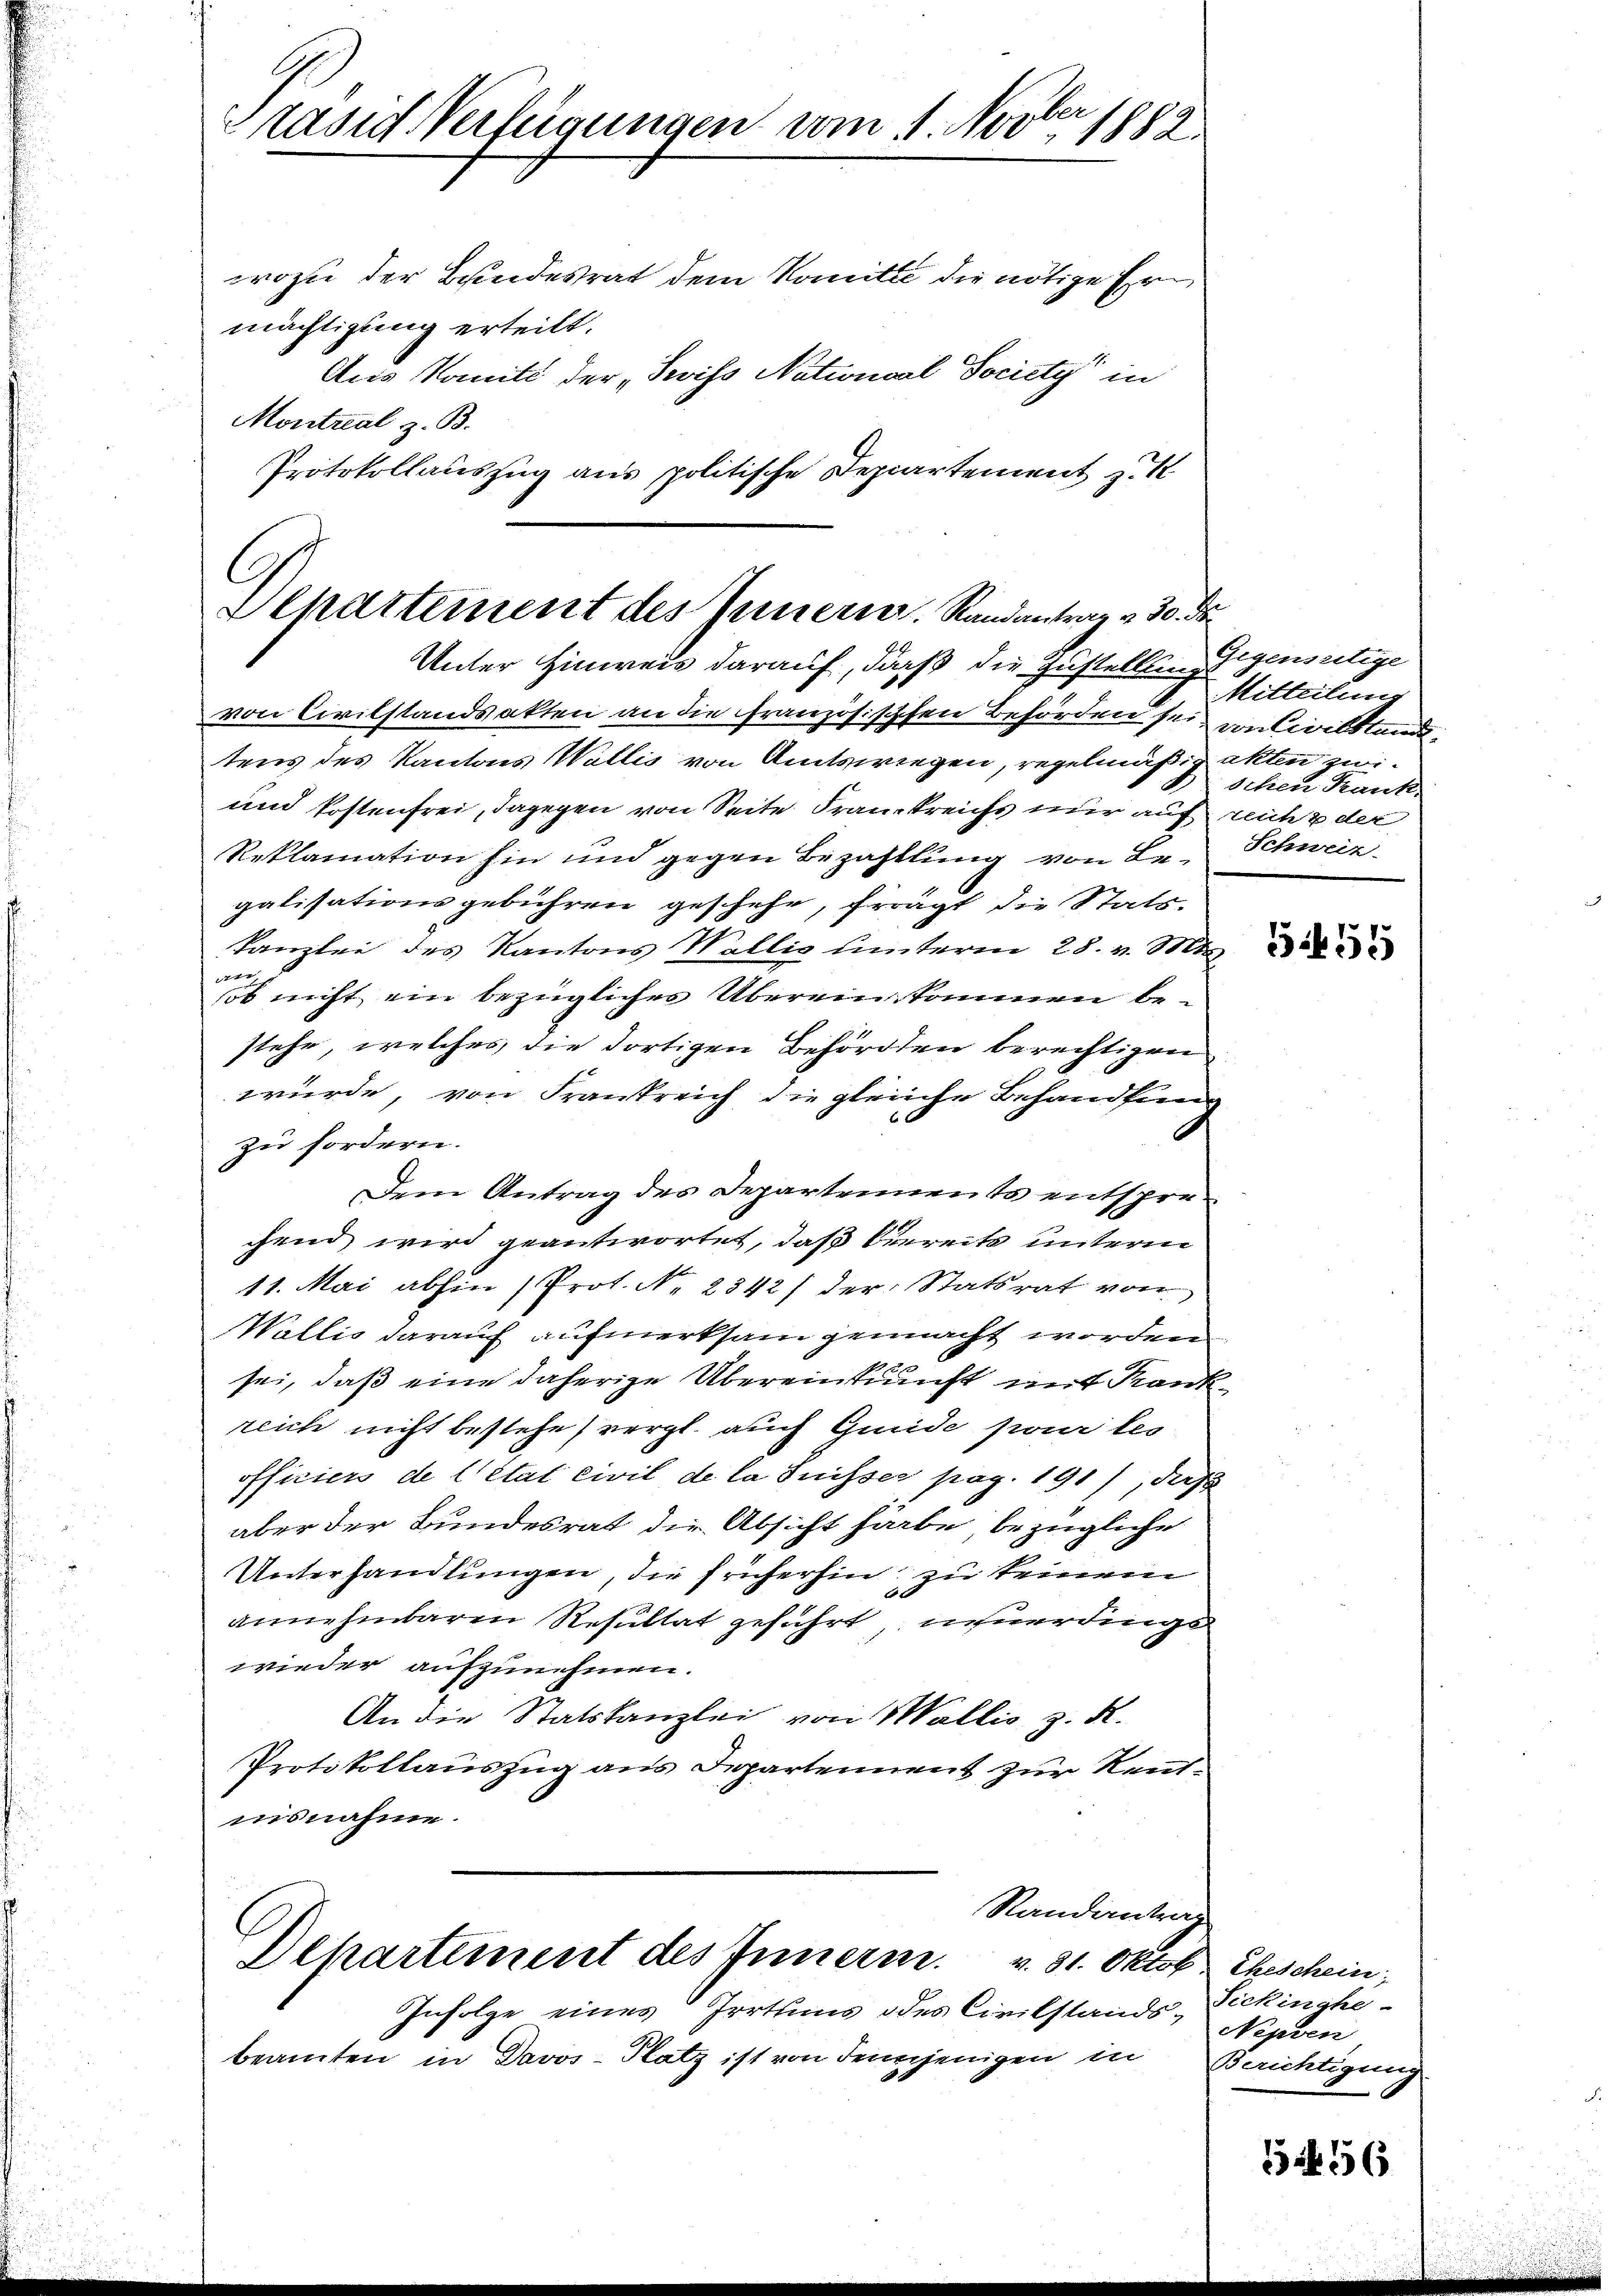
rasis Verfügungen vom 1. Novber 1882
wozu der Bundesrat dem Komitte die nötige Ermächtigung erteilt.
Aus Komité der „Swiss National Society in
Montreal z. B.
Protokollauszug aus politische Departement zu

G
Departement des Innern. Randantrag v. 30. ds
Unter Hinweis darauf, daß die Zustellung genseitige

von Civilstandsakten an die Französischen Behörden sei von Civilstandtens des Kantons Wallis von Amtswiegen, regelmäßig akten zwi¬
und Postenfrei, dagegen von Seite Frankreichs nur auf reich 2 der
Reklamation hin und gegen Bezahllung von Legalisationsgebühren geschehe, frägt die Stats¬
Kanzlei des Kantons Wallis unterm 28. v. Mts.
744.
ob nicht ein bezüglicher Übereinkommen bestehe, welches, die dortigen Behörden berechtigen
würde, von Frankreich die gleiche Behandlung
zu fordern.
Dem Antrag des Departennents entsprechend wird geantwortet, daß bereits unterm
11. Mai abhin (Prot. N. 2342/ der Statsrat von
Wallis darauf aufmerksam gemacht worden
sei, daß eine daherige Übereinkunft mit Krankreich nicht bestehe, vergl. auch Gunde pour les
officiers de l’état civil de la Suisser pag. 191), daß
aber der Bundesrat die Absicht habe bezügliche
Unterhandlungen, die früherhin zu keinem
annehmbaren Resultat geführt innerdings
wieder aufzunehmen.
An die Statskanzlei von Wallis z. R.
Protokollauszug aus Departement zur Rentnisnahme.
Randantrag
Dehartement des Innern. v. 31. Oktob. Eheschein
Infolge eines Irrthung des Civilstands-
beamten in Davos- Platz ist von denjenigen in Berichtigung

Mitteilung
dchen Krank.
Schweiz.

355

Sickinghe
Nepven

556